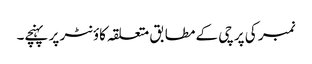
نمبر کی پرچی کے مطابق متعلقہ کاؤنٹر پر پہنچے۔